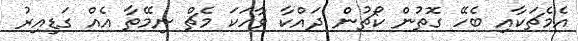
އެމެޗަކާއި ބެހޭ ގޮތުން ކޯޗުން ދައްކާ ވާހަކަ މެޗް ނިމޭތާ އެއް ގަޑިއިރު